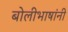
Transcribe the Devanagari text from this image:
बोलीभाषांनी